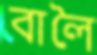
বালৈ